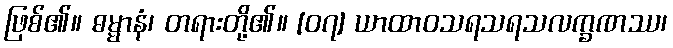
ဖြစ်၏။ ဓမ္မာနံ၊ တရားတို့၏။ [၀၇] ယာထာဝသရသရသလက္ခဏဿ၊